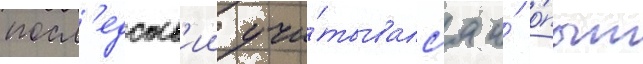
посл'едств'ии учи́тывалс'я и́ о́пыт